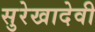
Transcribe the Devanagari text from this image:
सुरेखादेवी